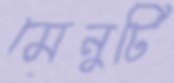
মেনুটি